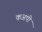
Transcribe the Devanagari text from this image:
कअपी